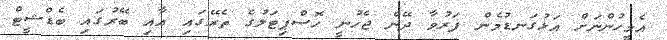
އެމީހުންނަށް އަޅުގަނޑުމެން ފަރުވާ ދޭން ޖެހުނީ ހޮސްޕިޓަލުގެ ތެރޭގައި އާއި ބޭރުގައި ބެޑްޝީޓް